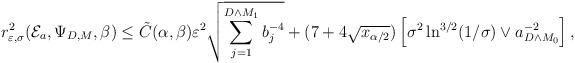
LaTeX: \begin{align*} r_{\varepsilon,\sigma}^2(\mathcal{E}_a,\Psi_{D,M},\beta) \leq \tilde{C}(\alpha,\beta) \varepsilon^2 \sqrt{\sum_{j=1}^{D \wedge M_1} b_j^{-4}} + (7+4\sqrt{x_{\alpha/2}})\left[\sigma^2 \ln^{3/2}(1/\sigma) \vee a^{-2}_{D \wedge M_0}\right],\end{align*}